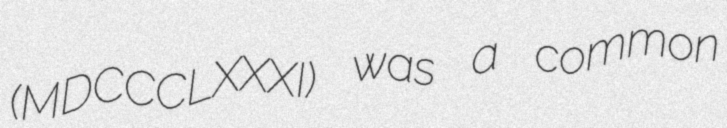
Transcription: (MDCCCLXXXI) was a common